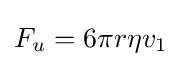
F_{u}=6\pi r\eta v_{1}